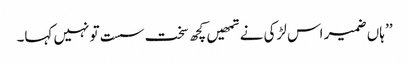
’’ ہاں ضمیر اس لڑکی نے تمھیں کچھ سخت سست تو نہیں کہا۔